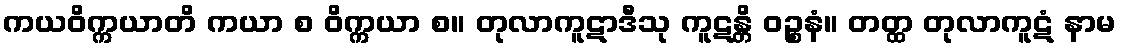
ကယဝိက္ကယာတိ ကယာ စ ဝိက္ကယာ စ။ တုလာကူဋာဒီသု ကူဋန္တိ ဝဉ္စနံ။ တတ္ထ တုလာကူဋံ နာမ